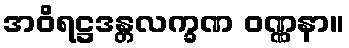
အဝိရဋ္ဌဒန္တလက္ခဏ ဝဏ္ဏနာ။